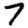
Digit: 7